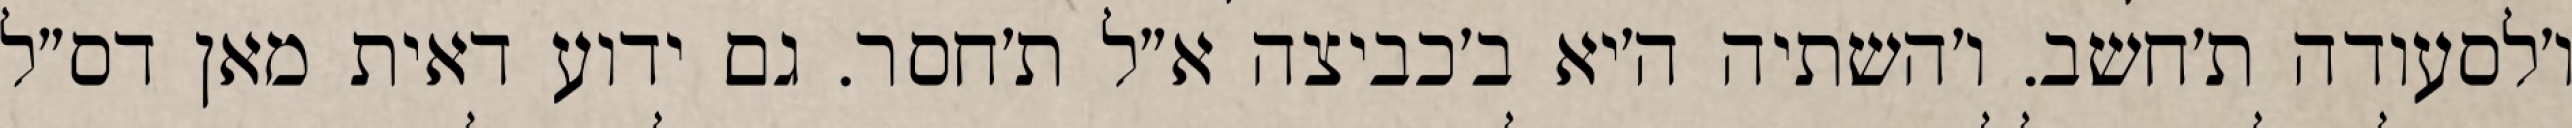
ו׳לסעודה ת׳חשב. ו׳השתיה ה׳יא ב׳כביצה א״ל ת׳חסר. גם ידוע דאית מאן דס״ל